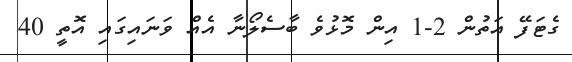
ގެޓަފޭ އަތުން 2-1 އިން މޮޅުވެ ބާސެލޯނާ އެއް ވަނައިގައި އޮތީ 40